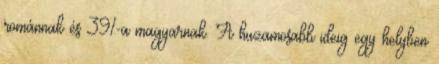
románnak és 39%-a magyarnak. A huzamosabb ideig egy helyben